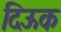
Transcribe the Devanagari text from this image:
दिऊक